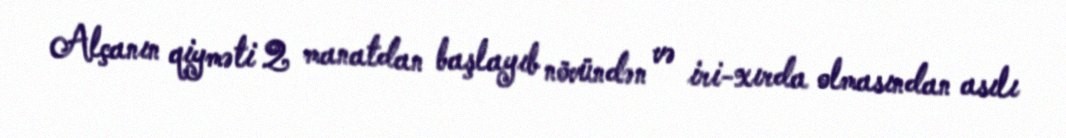
Alçanın qiyməti 2 manatdan başlayıb növündən və iri-xırda olmasından asılı